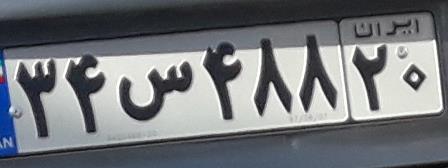
۳۴س۴۸۸۲۰